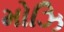
મોઝિ